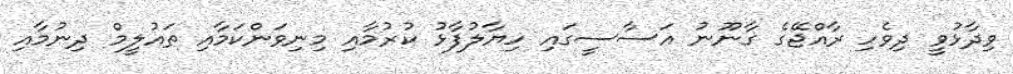
ވިދާޅުވީ ދިވެހި ރާއްޖޭގެ ގާނޫނު އަސާސީގައި ހިޔާލުފާޅު ކުރުމާއި މިނިވަންކަމާއި ތައުލީމް ދިނުމާއި